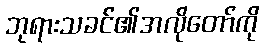
ဘုရားသခင်၏အလိုတော်ကို